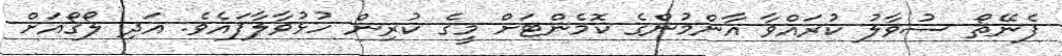
ފެނޭތޯ ސުވާލު ކުރައްވާ އާންމުންގެ ކޮމެންޓަށް މީގެ ކުރިން ހުޅުވާލާފައެވެ. އަދި ލޯގޯއަށް